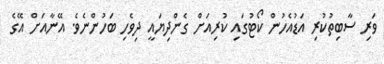
ވަރި ސާބިތުކުރި އަޑުއެހުން ކޯޓުގައި ކުރިއަށް ގެންދިޔައީ ދިވެހި ބަހުންނެވެ. އޭނާއަށް އޭގެ